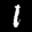
Label: 1